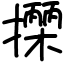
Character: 𢷡